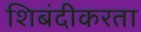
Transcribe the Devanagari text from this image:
शिबंदीकरता